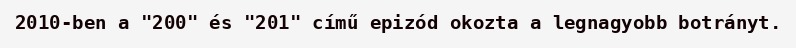
2010-ben a "200" és "201" című epizód okozta a legnagyobb botrányt.